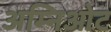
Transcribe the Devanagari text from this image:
अम्निओट